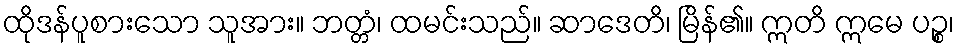
ထိုဒန်ပူစားသော သူအား။ ဘတ္တံ၊ ထမင်းသည်။ ဆာဒေတိ၊ မြိန်၏။ ဣတိ ဣမေ ပဉ္စ၊